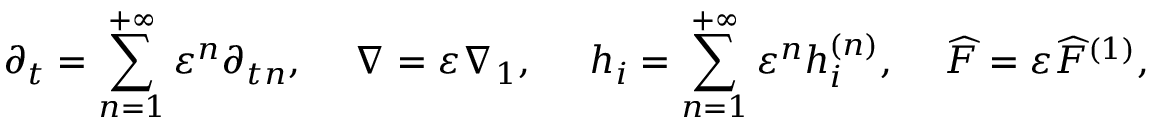
{ \partial _ { t } } = \sum _ { n = 1 } ^ { + \infty } { { \varepsilon ^ { n } } { \partial _ { t n } } , } \; \; \; \; \; \nabla = \varepsilon { \nabla _ { 1 } } , \; \; \; \; \; { h _ { i } } = \sum _ { n = 1 } ^ { + \infty } { { \varepsilon ^ { n } } h _ { i } ^ { \left( n \right) } , } \; \; \; \; \; \widehat F = \varepsilon { \widehat F ^ { \left( 1 \right) } } ,